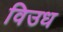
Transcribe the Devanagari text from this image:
विउध